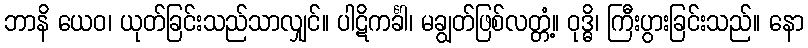
ဘာနိ ယေဝ၊ ယုတ်ခြင်းသည်သာလျှင်။ ပါဋိကင်္ခါ၊ မချွတ်ဖြစ်လတ္တံ့။ ဝုဒ္ဓိ၊ ကြီးပွားခြင်းသည်။ နော